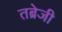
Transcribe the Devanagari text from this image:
तब्रेजी